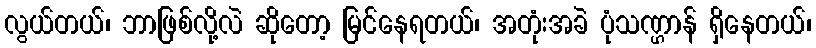
လွယ်တယ်၊ ဘာဖြစ်လို့လဲ ဆိုတော့ မြင်နေရတယ်၊ အတုံးအခဲ ပုံသဏ္ဌာန် ရှိနေတယ်၊